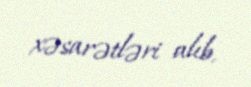
xəsarətləri alıb.